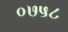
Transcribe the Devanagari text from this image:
०७५८